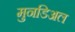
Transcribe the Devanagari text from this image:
मुनडिअल